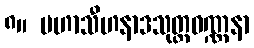
၈။ မဟာသီဟနာဒသုတ္တဝဏ္ဏနာ